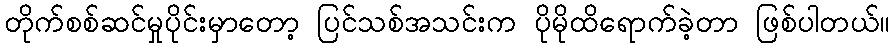
တိုက်စစ်ဆင်မှုပိုင်းမှာတော့ ပြင်သစ်အသင်းက ပိုမိုထိရောက်ခဲ့တာ ဖြစ်ပါတယ်။